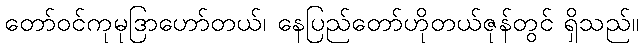
တော်ဝင်ကုမုဒြာဟော်တယ်၊ နေပြည်တော်ဟိုတယ်ဇုန်တွင် ရှိသည်။